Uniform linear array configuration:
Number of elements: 12
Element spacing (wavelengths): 0.75
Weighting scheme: cosine
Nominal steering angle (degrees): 0
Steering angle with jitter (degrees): -1.283
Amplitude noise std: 0.05
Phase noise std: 0.05

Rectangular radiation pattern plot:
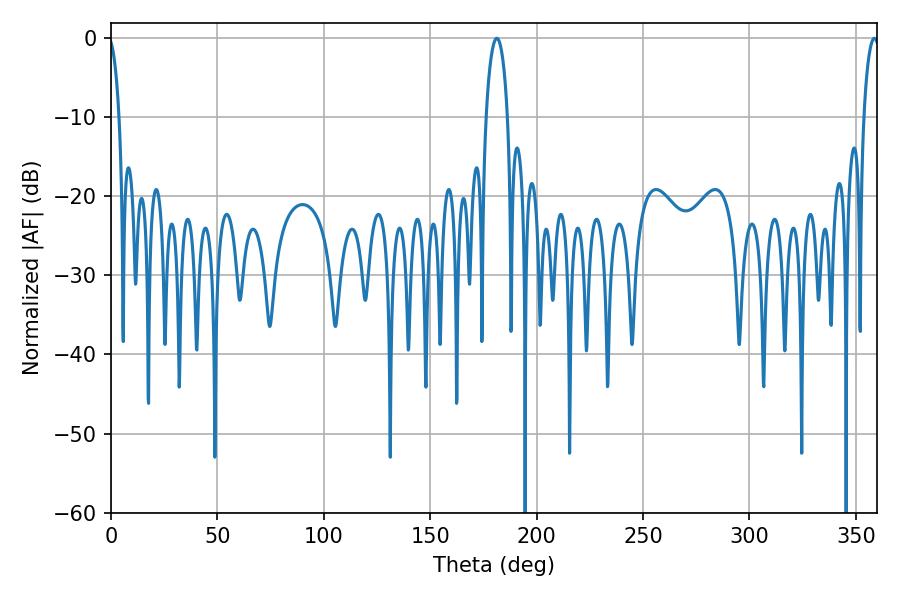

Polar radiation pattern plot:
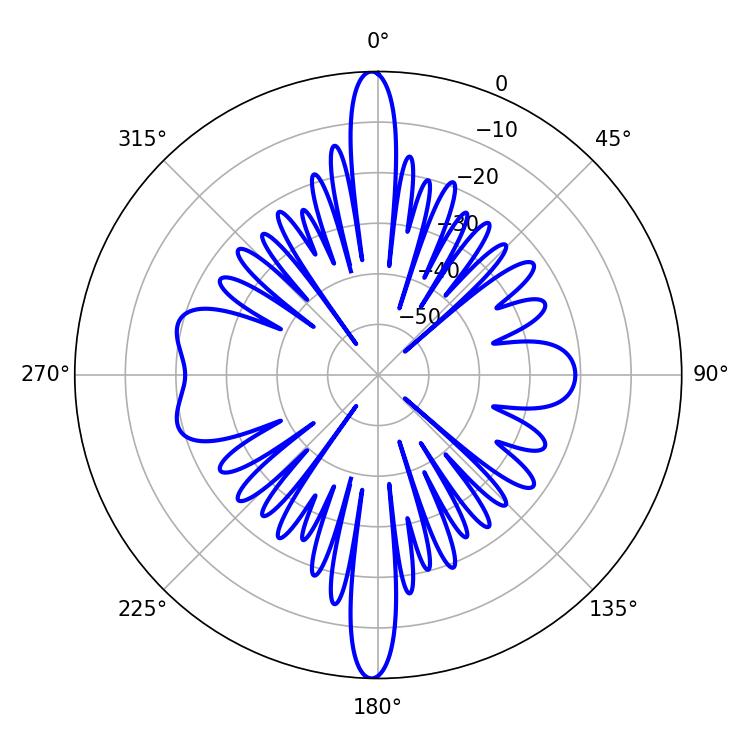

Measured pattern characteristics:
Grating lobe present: TRUE
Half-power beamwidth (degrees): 5.76
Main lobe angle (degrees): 181.26